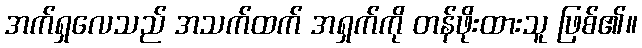
အက်ရှလေသည် အသက်ထက် အရှက်ကို တန်ဖိုးထားသူ ဖြစ်၏။